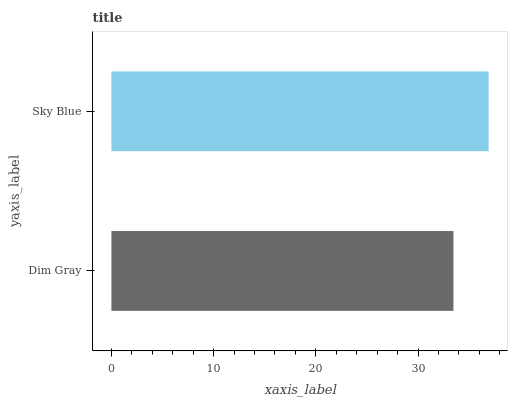
| yaxis_label | bars |
 | --- | --- |
 | Dim Gray | 33.5 |
 | Sky Blue | 36.9 |